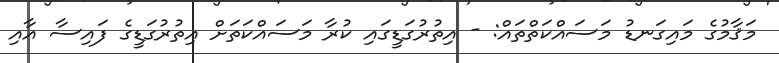
މަޤާމުގެ މައިގަނޑު މަސައްކަތްތައް: - އިތުރުގަޑީގައި ކުރާ މަސައްކަތަށް އިތުރުގަޑީގެ ފައިސާ އާއި